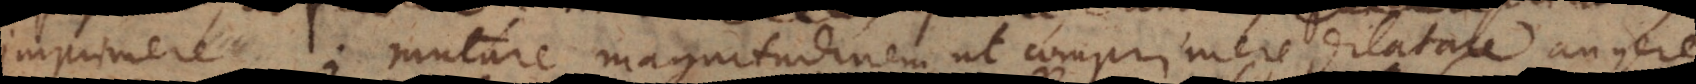
imprimere; mutare magnitudinem, ut comprimere, dilatare, auger